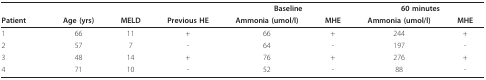
<table><thead><tr><td></td><td></td><td></td><td></td><td colspan="2"><b>Baseline</b></td><td colspan="2"><b>60 minutes</b></td></tr><tr><td><b>Patient</b></td><td><b>Age (yrs)</b></td><td><b>MELD</b></td><td><b>Previous HE</b></td><td><b>Ammonia (umol/l)</b></td><td><b>MHE</b></td><td><b>Ammonia (umol/l)</b></td><td><b>MHE</b></td></tr></thead><tbody><tr><td>1</td><td>66</td><td>11</td><td>+</td><td>66</td><td>+</td><td>244</td><td>+</td></tr><tr><td>2</td><td>57</td><td>7</td><td>-</td><td>64</td><td>-</td><td>197</td><td>-</td></tr><tr><td>3</td><td>48</td><td>14</td><td>+</td><td>76</td><td>+</td><td>276</td><td>+</td></tr><tr><td>4</td><td>71</td><td>10</td><td>-</td><td>52</td><td>-</td><td>88</td><td>-</td></tr></tbody></table>